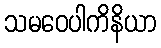
သမဝေပါကိနိယာ